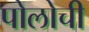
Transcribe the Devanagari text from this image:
पोलोची